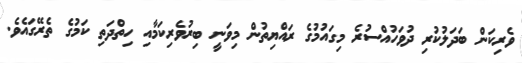
ވެރިކަން ބަދަލުކުރި ދުވަހުއްސުރެ މިގައުމުގެ ރައްޔިތުން މިވަނީ ބިރުވެރިކަމާއި ހިތްދަތި ކަމުގެ ތެރޭގައެވެ.